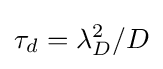
{\textstyle \tau _{d}=\lambda _{D}^{2}/D}